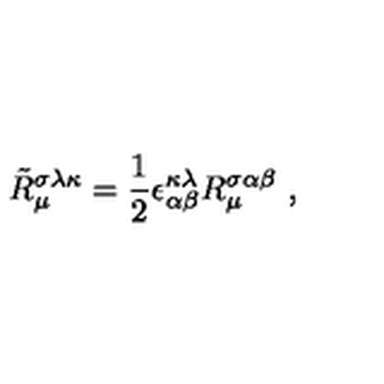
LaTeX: \tilde { R } _ { \mu } ^ { \sigma \lambda \kappa } = \frac { 1 } { 2 } \epsilon _ { \alpha \beta } ^ { \kappa \lambda } R _ { \mu } ^ { \sigma \alpha \beta } \ ,